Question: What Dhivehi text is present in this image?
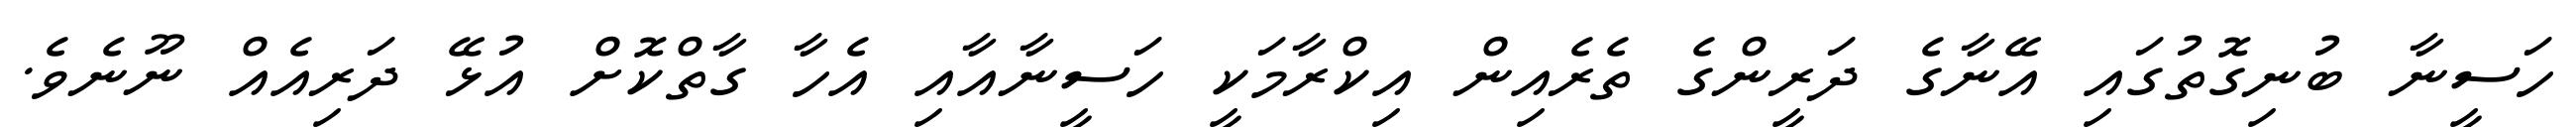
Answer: ހަސީނާ ބުނިގޮތުގައި އޭނާގެ ދަރީންގެ ތެރެއިން އިކްރާމަކީ ހަސީނާއާއި އެހާ ގާތްކޮށް އުޅޭ ދަރިއެއް ނޫނެވެ.